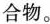
合物。